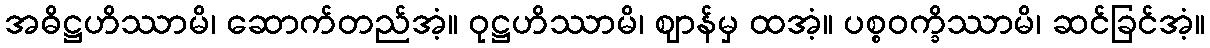
အဓိဋ္ဌဟိဿာမိ၊ ဆောက်တည်အံ့။ ဝုဋ္ဌဟိဿာမိ၊ ဈာန်မှ ထအံ့။ ပစ္စဝက္ခိဿာမိ၊ ဆင်ခြင်အံ့။